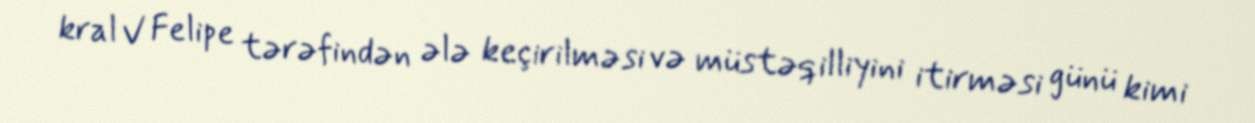
kral V Felipe tərəfindən ələ keçirilməsi və müstəqilliyini itirməsi günü kimi